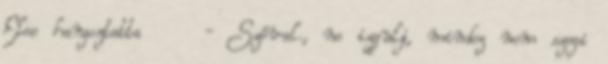
Elee hangoztatta - Szóval., ne izgulj, mindez nem szegi